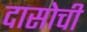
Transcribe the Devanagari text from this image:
दासोची